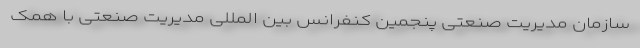
سازمان مدیریت صنعتی پنجمین کنفرانس بین المللی مدیریت صنعتی با همک